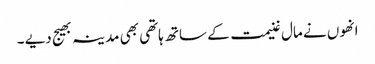
انھوں نے مال غنیمت کے ساتھ ہاتھی بھی مدینہ بھیج دیے ۔